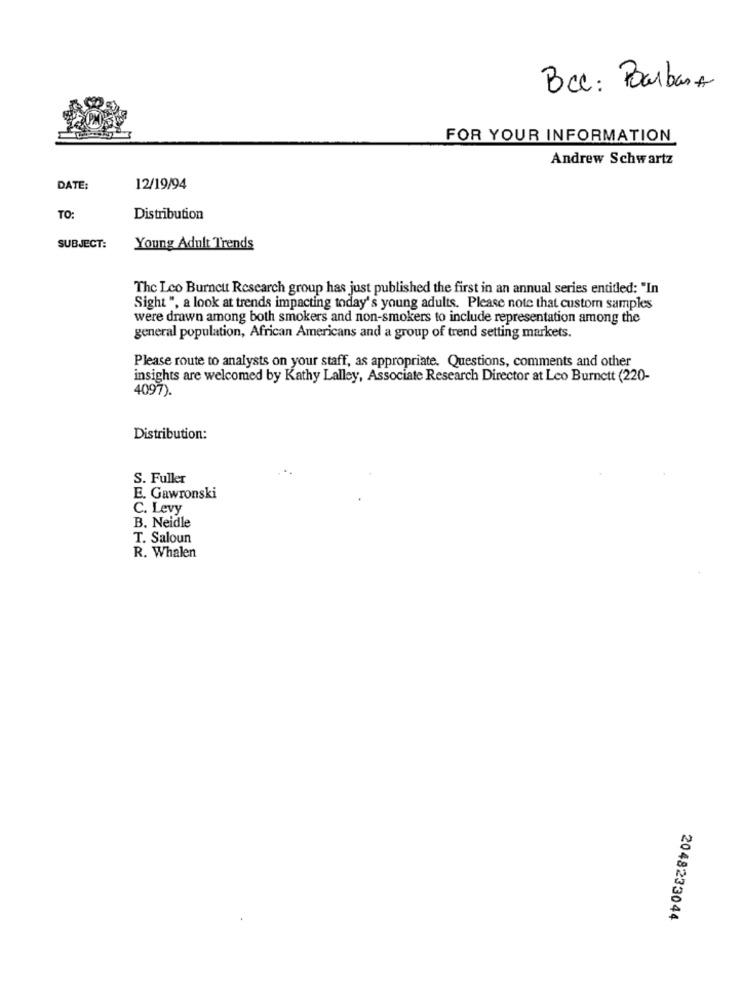
Bcc: Pourbant
FOR YOUR INFORMATION
Andrew Schwartz
DATE:
12/19/94
TO:
Distribution
SUBJECT:
Young Adult Trends
The Leo Burnett Research group has just published the first in an annual series entitled: "In
Sight ", a look at trends impacting today's young adults. Please note that custom samples
were drawn among both smokers and non-smokers to include representation among the
general population, African Americans and a group of trend setting markets.
Please route to analysts on your staff, as appropriate. Questions, comments and other
insights are welcomed by Kathy Lalley, Associate Research Director at Leo Burnett (220-
4097).
Distribution:
S. Fuller
E. Gawronski
C. Levy
B. Neidle
T. Saloun
R. Whalen
2048233044